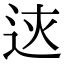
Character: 𨒏